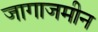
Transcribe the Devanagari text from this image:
जागाजमीन